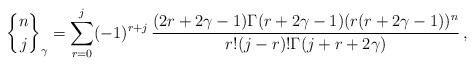
LaTeX: \begin{align*} {n\brace j}_\gamma =\sum_{r=0}^j (-1)^{r+j} \, \frac{(2r+2\gamma -1) \Gamma (r+2\gamma-1)(r(r+2\gamma-1))^n}{r! (j-r)! \Gamma (j+r+2\gamma)}\, ,\end{align*}